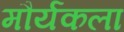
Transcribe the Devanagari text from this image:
मौर्यकला